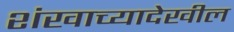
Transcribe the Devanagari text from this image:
शंखाच्यादेखील